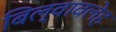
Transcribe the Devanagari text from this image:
बिल्वावलेह